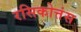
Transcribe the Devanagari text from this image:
रसिकोत्तंस